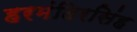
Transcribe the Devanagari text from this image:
हरमंदिरसिंह